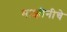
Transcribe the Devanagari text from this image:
माझीनीचे